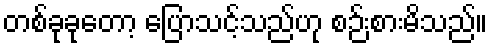
တစ်ခုခုတော့ ပြောသင့်သည်ဟု စဉ်းစားမိသည်။